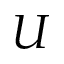
U